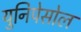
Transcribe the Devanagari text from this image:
युनिपेसोल